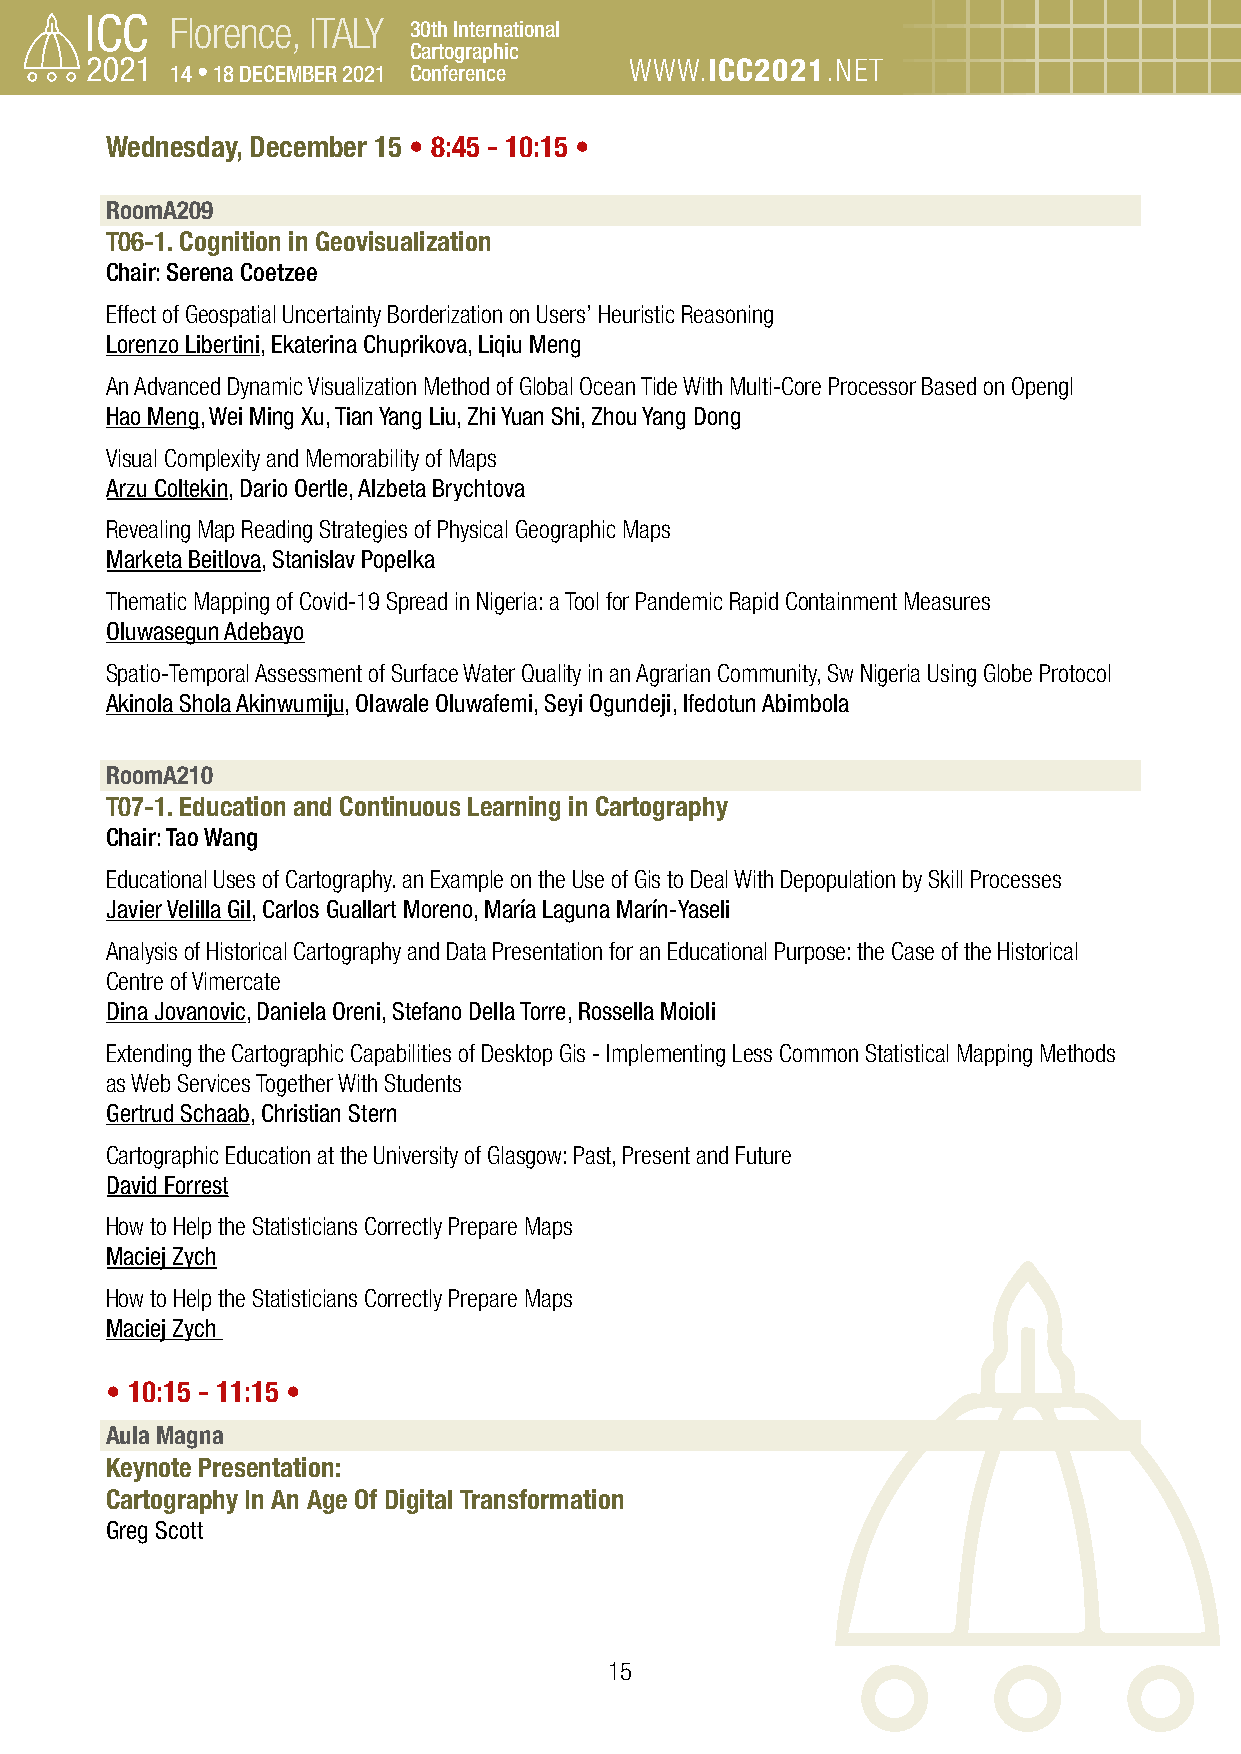
Florence, ITALY 30th International
 Cartographic
 14 • 18 DECEMBER 2021 Conference WWW.ICC2021.NET
 Wednesday, December 15 • 8:45 - 10:15 •
 RoomA209
 T06-1. Cognition in Geovisualization
 Chair: Serena Coetzee
 Effect of Geospatial Uncertainty Borderization on Users’ Heuristic Reasoning
 Lorenzo Libertini, Ekaterina Chuprikova, Liqiu Meng
 An Advanced Dynamic Visualization Method of Global Ocean Tide With Multi-Core Processor Based on Opengl
 Hao Meng, Wei Ming Xu, Tian Yang Liu, Zhi Yuan Shi, Zhou Yang Dong
 Visual Complexity and Memorability of Maps
 Arzu Coltekin, Dario Oertle, Alzbeta Brychtova
 Revealing Map Reading Strategies of Physical Geographic Maps
 Marketa Beitlova, Stanislav Popelka
 Thematic Mapping of Covid-19 Spread in Nigeria: a Tool for Pandemic Rapid Containment Measures
 Oluwasegun Adebayo
 Spatio-Temporal Assessment of Surface Water Quality in an Agrarian Community, Sw Nigeria Using Globe Protocol
 Akinola Shola Akinwumiju, Olawale Oluwafemi, Seyi Ogundeji, Ifedotun Abimbola
 RoomA210
 T07-1. Education and Continuous Learning in Cartography
 Chair: Tao Wang
 Educational Uses of Cartography. an Example on the Use of Gis to Deal With Depopulation by Skill Processes
 Javier Velilla Gil, Carlos Guallart Moreno, María Laguna Marín-Yaseli
 Analysis of Historical Cartography and Data Presentation for an Educational Purpose: the Case of the Historical
 Centre of Vimercate
 Dina Jovanovic, Daniela Oreni, Stefano Della Torre, Rossella Moioli
 Extending the Cartographic Capabilities of Desktop Gis - Implementing Less Common Statistical Mapping Methods
 as Web Services Together With Students
 Gertrud Schaab, Christian Stern
 Cartographic Education at the University of Glasgow: Past, Present and Future
 David Forrest
 How to Help the Statisticians Correctly Prepare Maps
 Maciej Zych
 How to Help the Statisticians Correctly Prepare Maps
 Maciej Zych
 • 10:15 - 11:15 •
 Aula Magna
 Keynote Presentation:
 Cartography In An Age Of Digital Transformation
 Greg Scott
 15